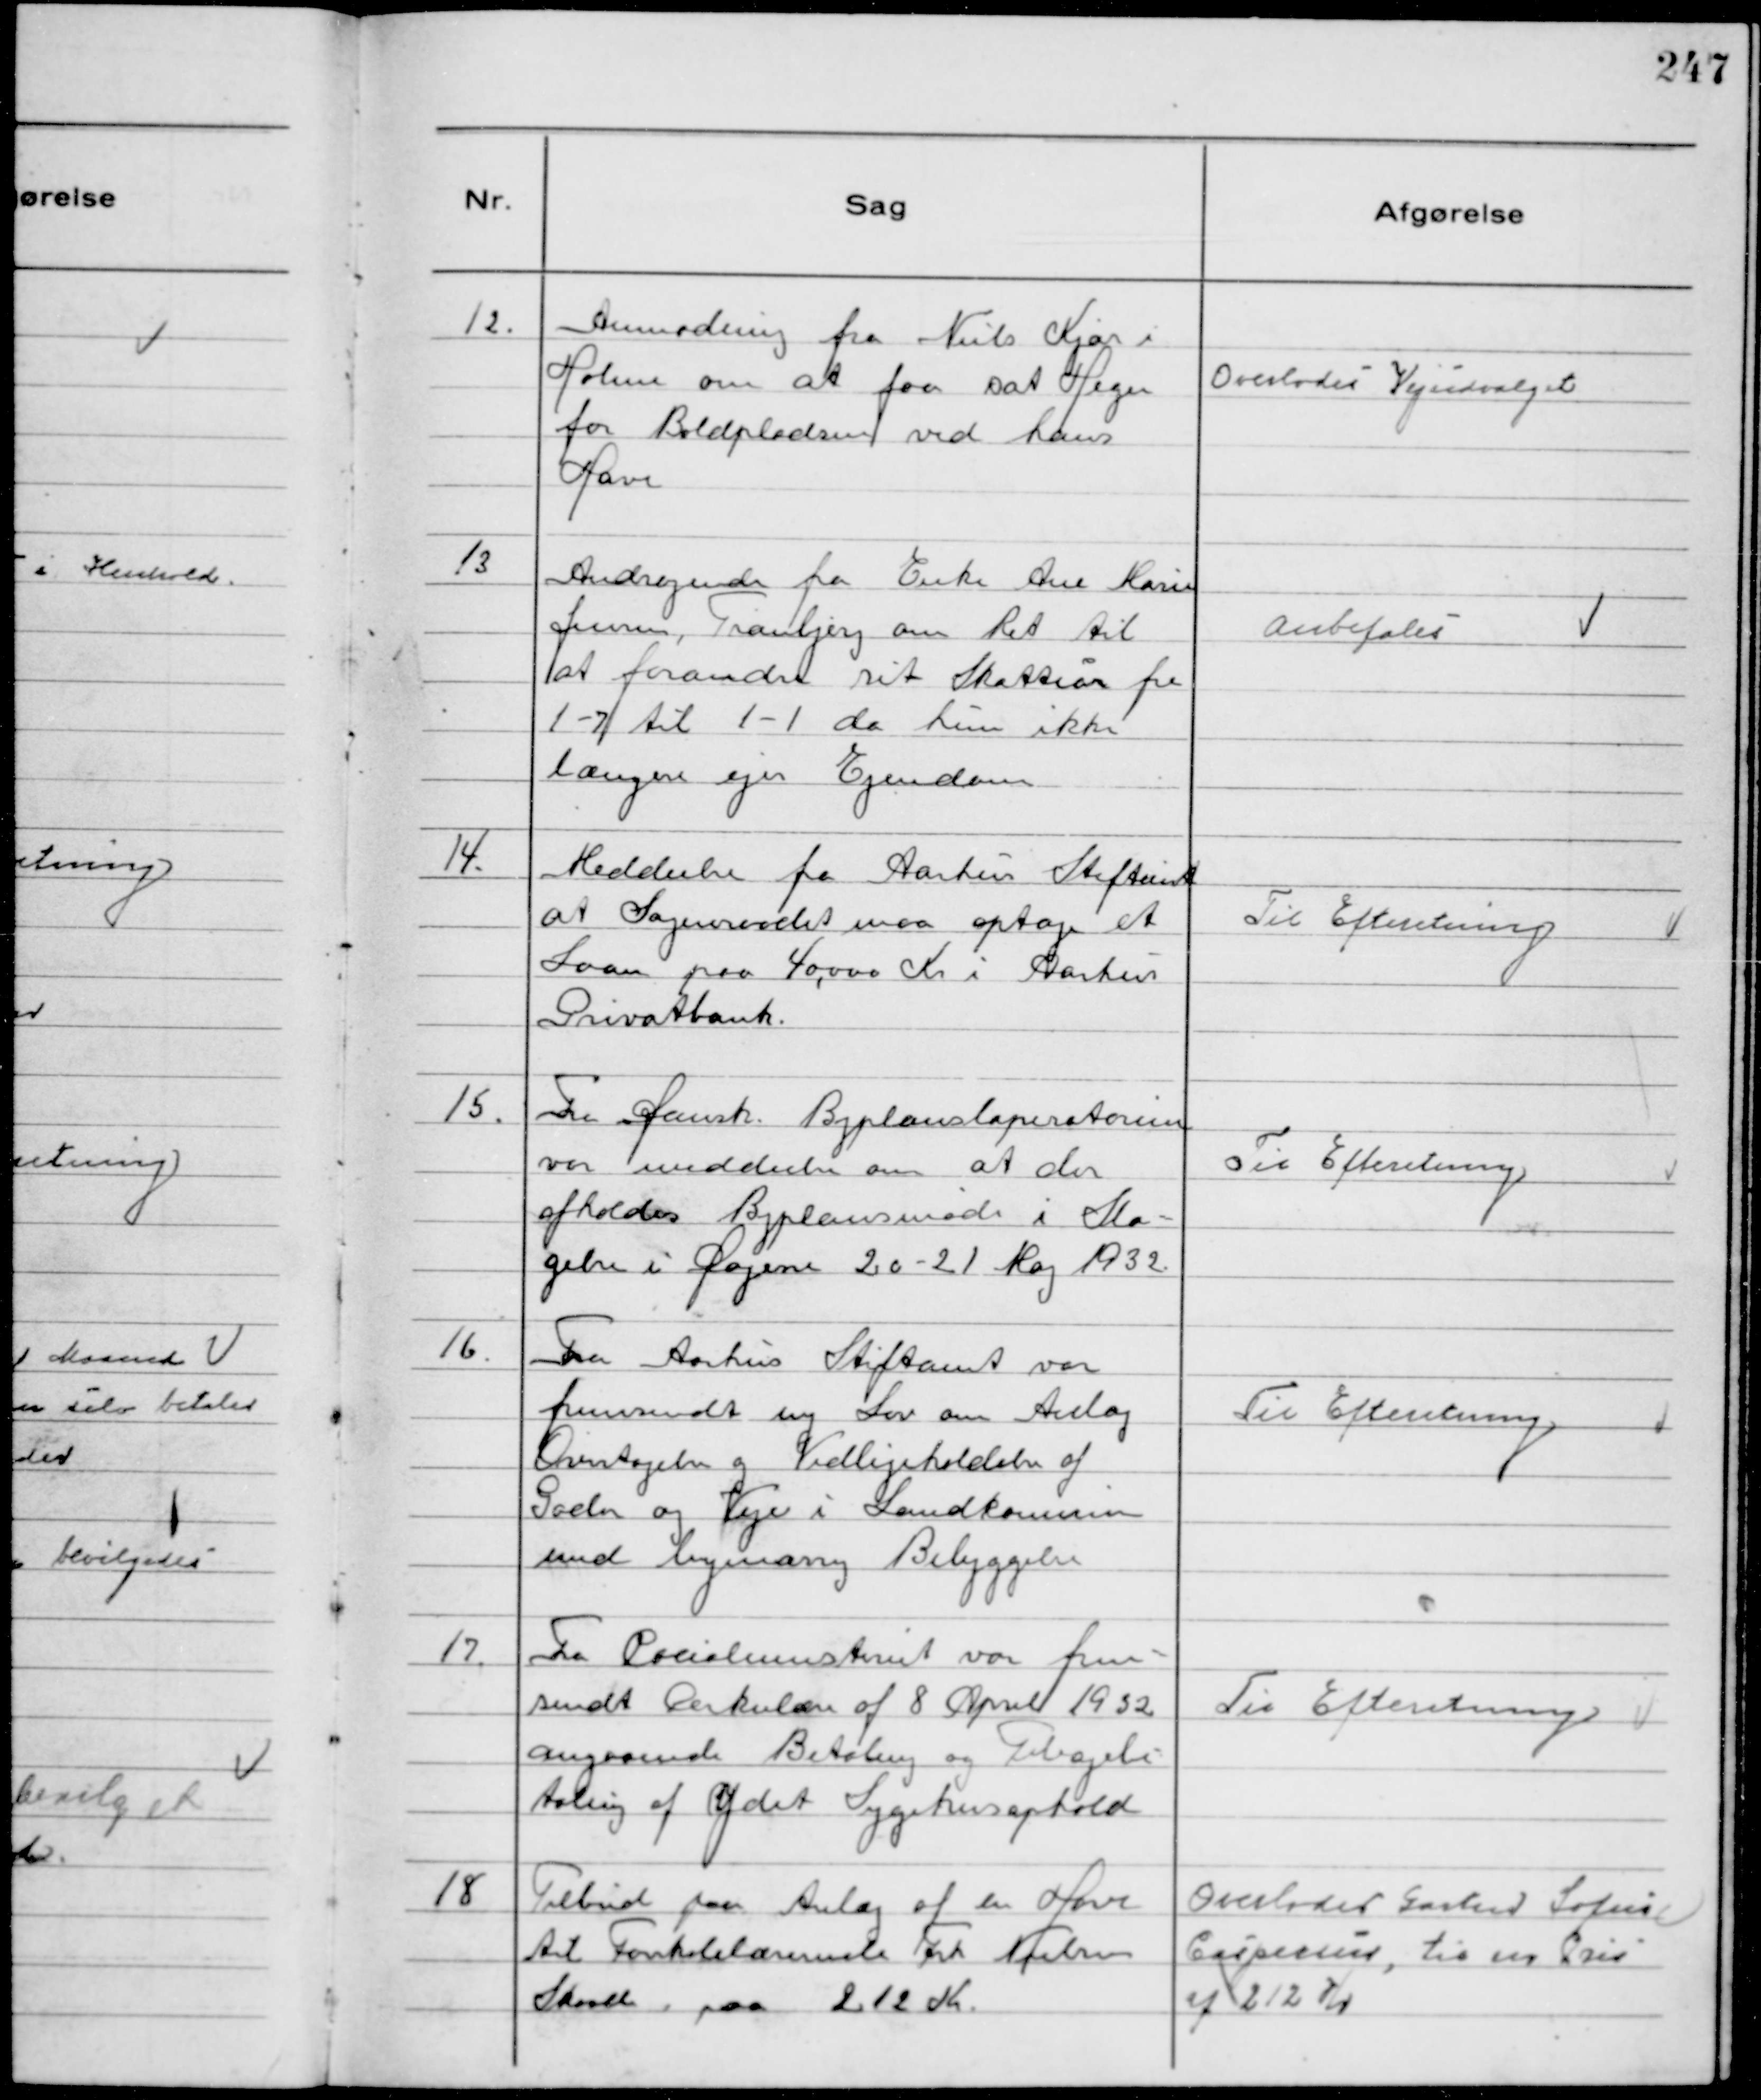
Transskription:
12.
Anmodning fra Niels Kjær i
Holme om at faa sat Hegn
for Boldpladsen ved hans
Have

Overlodes Vejudvalget

13
Andragende fra Enke Ane Marie
Jensen, Tranbjerg om Ret til
at forandre sit Skatteår fra
1-7 til 1-1 da hun ikke
længere ejer Ejendom

Anbefales

14.
Meddeelse fra Aarhus Stiftamt
at Sogneraadet maa optage et
Laan paa 40,000 Kr i Aarhus
Privatbank.

Til Efteretning

15.
Fra Dansk Byplanslaperatorium
var meddeelse om at der
afholdes Byplansmøde i Sla-
gelse i Dagene 20-21 Maj 1932

Til Efteretning

16.
Fra Aarhus Stiftamt var
fremsendt ny Lov om Anlæg
Overtagelse og Vedligeholdelse af
Gader og Veje i Landkommuner
med bymæssig Bebyggelse

Til Efteretning

17.
Fra Socialministeriet var frem-
sendt Cirkulære af 8 April 1932
angaaende Betaling og Tilbagebe
taling af Ydet Sygehusophold

Til Efteretning

18
Tilbud paa Anlæg af en Have
til Forskolelærerinde Frk Nielsen
Skaade paa 212 Kr.

Overlodes Gartner Sofus
Caspersen, til en Pris
af 212 Kr